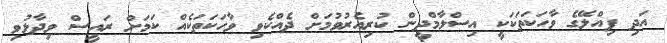
އަދި ޕިއްލޭގެ ވާހަކަތަކަކީ އިސްލާމްދީން ކުރިއެރުވުމަށް ދެއްކެވި ވާހަކަތަކެއް ކަމަށް ރައީސް ވިދާޅުވި